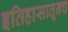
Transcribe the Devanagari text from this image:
इतिहासातूनच